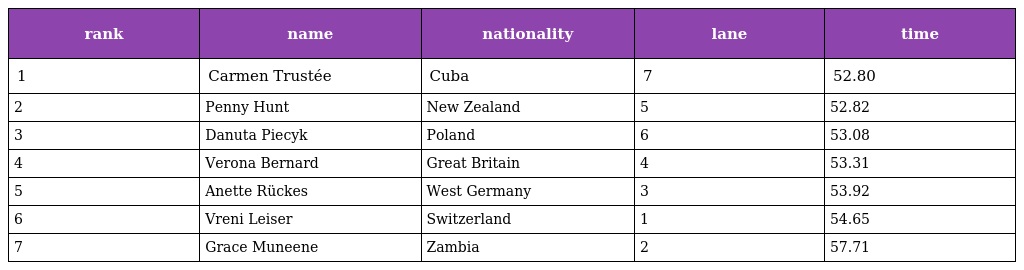
| rank | name | nationality | lane | time |
 | --- | --- | --- | --- | --- |
 | 1 | Carmen Trustée | Cuba | 7 | 52.80 |
 | 2 | Penny Hunt | New Zealand | 5 | 52.82 |
 | 3 | Danuta Piecyk | Poland | 6 | 53.08 |
 | 4 | Verona Bernard | Great Britain | 4 | 53.31 |
 | 5 | Anette Rückes | West Germany | 3 | 53.92 |
 | 6 | Vreni Leiser | Switzerland | 1 | 54.65 |
 | 7 | Grace Muneene | Zambia | 2 | 57.71 |